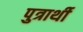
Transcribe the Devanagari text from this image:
पुत्रार्थी